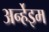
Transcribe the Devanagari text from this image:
अर्न्हेइम